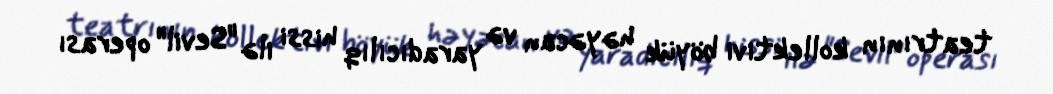
teatrının kollektivi böyük həyəcan və yaradıcılıq hissi ilə "Sevil" operası